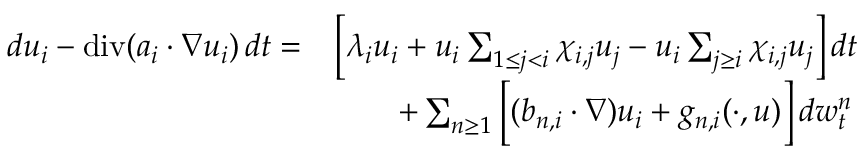
\begin{array} { r l } { d u _ { i } - \normalfont { \mathrm { d i v } } ( a _ { i } \cdot \nabla u _ { i } ) \, d t = } & { \Big [ \lambda _ { i } u _ { i } + u _ { i } \sum _ { 1 \leq j < i } \chi _ { i , j } u _ { j } - u _ { i } \sum _ { j \geq i } \chi _ { i , j } u _ { j } \Big ] \, d t } \\ & { \qquad + \sum _ { n \geq 1 } \Big [ ( b _ { n , i } \cdot \nabla ) u _ { i } + g _ { n , i } ( \cdot , u ) \Big ] \, d w _ { t } ^ { n } } \end{array}